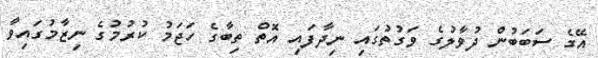
އޭގެ ސަބަބުން ދުވާލުގެ ވަގުތުގައި ނިދާފައި އޮތް ތިބާގެ ހަޖަމު ކުރުމުގެ ނިޒާމުގައިވާ